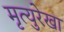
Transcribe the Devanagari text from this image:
मृत्युरेखा